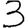
Digit: 3